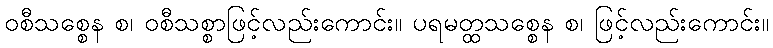
ဝစီသစ္စေန စ၊ ဝစီသစ္စာဖြင့်လည်းကောင်း။ ပရမတ္ထသစ္စေန စ၊ ဖြင့်လည်းကောင်း။